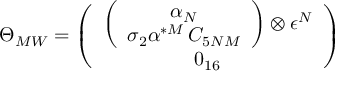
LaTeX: \Theta _ { M W } = \left( \begin{array} { c } { { \left( \begin{array} { c } { { \alpha _ { N } } } \\ { { \sigma _ { 2 } \alpha ^ { * M } \, C _ { 5 N M } } } \end{array} \right) \otimes \epsilon ^ { N } } } \\ { { 0 _ { 1 6 } } } \end{array} \right)